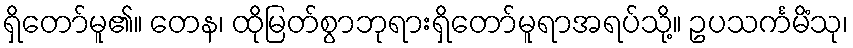
ရှိတော်မူ၏။ တေန၊ ထိုမြတ်စွာဘုရားရှိတော်မူရာအရပ်သို့။ ဥပသင်္ကမိံသု၊